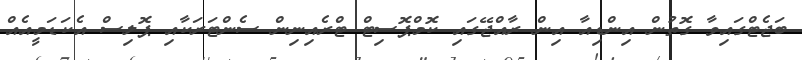
ބަޖެޓްގައިވާ ގޮތުން އިންޑިއާ އިން ރާއްޖޭގައި ކޮމްޕޮސިޓް ޓްރެއިނިން ސެންޓަރަކާއި ޕޮލިސް އެކަޑަމީއެއް